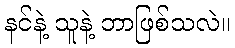
နင်နဲ့ သူနဲ့ ဘာဖြစ်သလဲ။